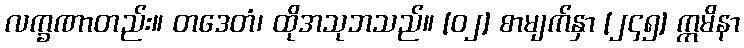
လက္ခဏာတည်း။ တဒေတံ၊ ထိုအသုဘသည်။ [၀၂] စာမျက်နှာ [၂၄၅] ဣမိနာ